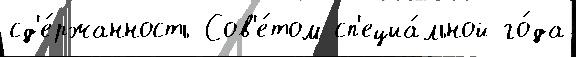
сд'е́ржанность Сов'е́том сп'ециа́льной го́да